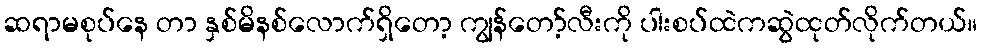
ဆရာမစုပ်နေ တာ နှစ်မိနစ်လောက်ရှိတော့ ကျွန်တော့်လီးကို ပါးစပ်ထဲကဆွဲထုတ်လိုက်တယ်။